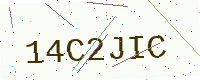
Text: 14C2JIC